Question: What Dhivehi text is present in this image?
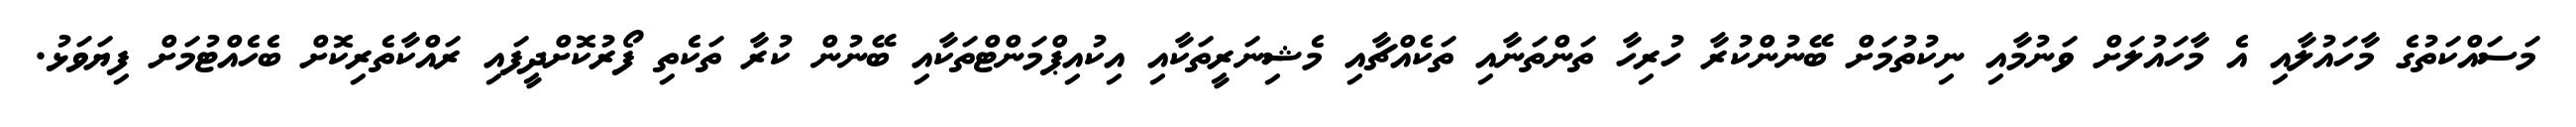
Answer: މަސައްކަތުގެ މާހައުލާއި އެ މާހައުލަށް ވަނުމާއި ނިކުތުމަށް ބޭނުންކުރާ ހުރިހާ ތަންތަނާއި ތަކެއްޗާއި މެޝިނަރީތަކާއި އިކުއިޕްމަންޓްތަކާއި ބޭނުން ކުރާ ތަކެތި ފޯރުކޮށްދީފައި ރައްކާތެރިކޮށް ބެހެއްޓުމަށް ފިޔަވަޅު.